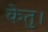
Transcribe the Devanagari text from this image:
केतु।